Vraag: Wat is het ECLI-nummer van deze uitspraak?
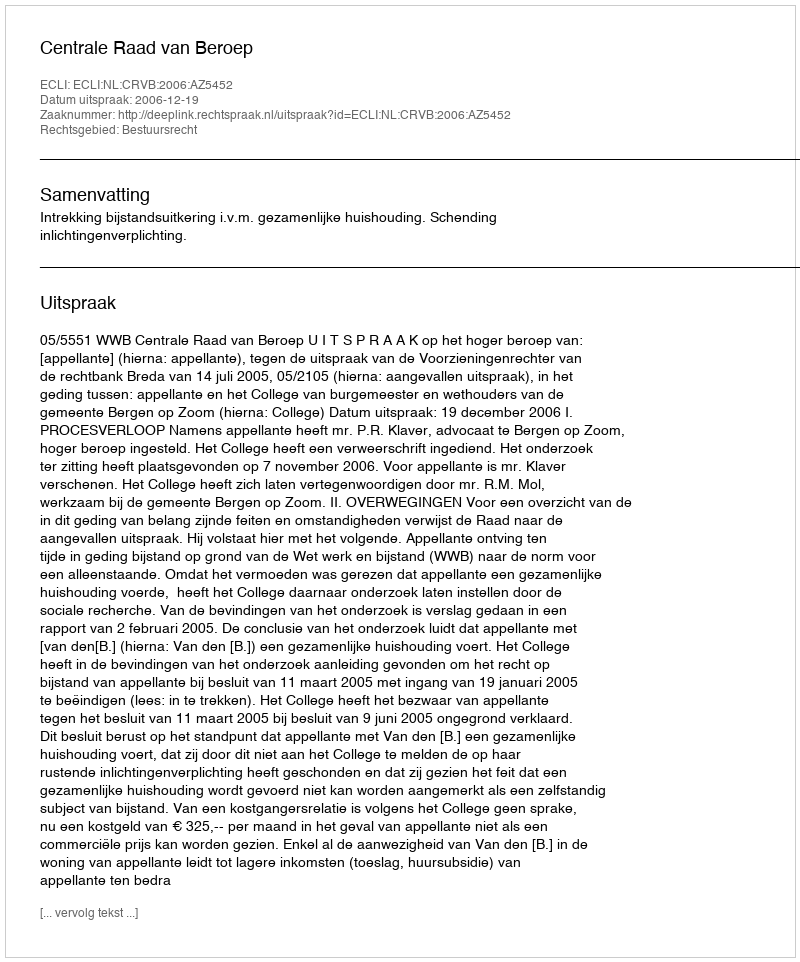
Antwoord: ECLI:NL:CRVB:2006:AZ5452